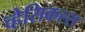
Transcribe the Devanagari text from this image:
व्हेसिकल्स